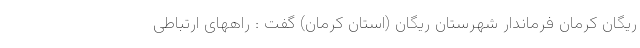
ریگان کرمان فرماندار شهرستان ریگان (استان کرمان) گفت : راههای ارتباطی